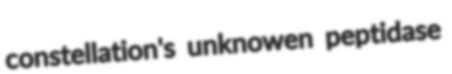
constellation's unknowen peptidase